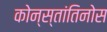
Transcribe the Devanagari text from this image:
कोन्स्तांतिनोस